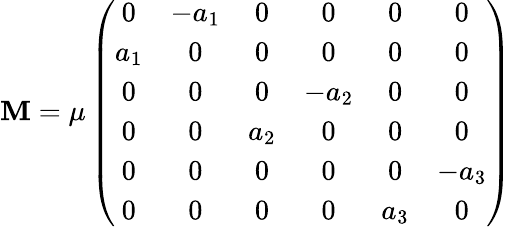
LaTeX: \mathbf{M}=\mu\left(\begin{array}{cccccc}{{0}}&{{-a_{1}}}&{{0}}&{{0}}&{{0}}&{{0}}\\ {{a_{1}}}&{{0}}&{{0}}&{{0}}&{{0}}&{{0}}\\ {{0}}&{{0}}&{{0}}&{{-a_{2}}}&{{0}}&{{0}}\\ {{0}}&{{0}}&{{a_{2}}}&{{0}}&{{0}}&{{0}}\\ {{0}}&{{0}}&{{0}}&{{0}}&{{0}}&{{-a_{3}}}\\ {{0}}&{{0}}&{{0}}&{{0}}&{{a_{3}}}&{{0}}\end{array}\right)